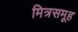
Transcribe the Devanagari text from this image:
मित्रसमूह